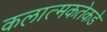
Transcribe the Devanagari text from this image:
कलात्मकतेकडे